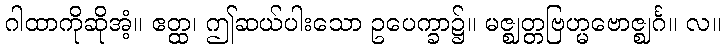
ဂါထာကိုဆိုအံ့။ ဧတ္ထ၊ ဤဆယ်ပါးသော ဥပေက္ခာ၌။ မဇ္ဈတ္တဗြဟ္မဗောဇ္ဈင်္ဂ။ လ။